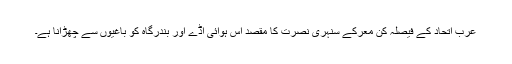
عرب اتحاد کے فیصلہ کن معرکے سنہری نصرت کا مقصد اس ہوائی اڈے اور بندرگاہ کو باغیوں سے چھڑانا ہے۔